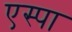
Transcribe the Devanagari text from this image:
एस्पा